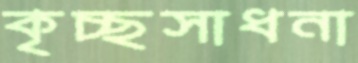
কৃচ্ছসাধনা